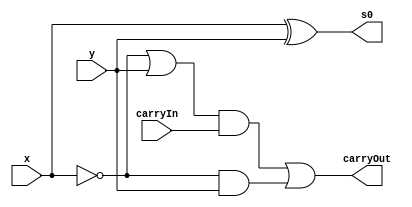
// ------------------------------------------------
// Exemplo0035 
// Nome: Miller 
// ------------------------------------------------
// Exercicio 5 - Comparador = 0
// ------------------------------------------------

module subtrador (output s0, output carryOut, 
                  input x,input y, input carryIn);
						
assign s0 = x^y;
assign carryOut = ((~x|y)&carryIn)|(~x&y);
endmodule

module comparar (output Ma, output Ig, output Me,
                 input co, input a, input b, input c, input d);

assign Ma = (co|a|b|c|d)&(~co);
assign Ig = ~(co|a|b|c|d);
assign Me = (co|a|b|c|d)&co;

endmodule

module main;

reg [3:0]a, b;
reg ci;
wire s0, s1, s2, s3, v0, v1, v2, v3, ma, ig, me;

subtrador A2(s0, v0, a[0], b[0], ci);
subtrador B2(s1, v1, a[1], b[1], v0);
subtrador C2(s2, v2, a[2], b[2], v1);
subtrador D2(s3, v3, a[3], b[3], v2);
comparar R(ma, ig, me, v3, s3, s2, s1, s0);

initial begin:start
a=4'b0000; b=4'b0000; ci=1'b0;
end

initial begin

$display("Exemplo0035 - Miller - 449048"); 
$display("Comparador");
$display("");
$monitor("%b em relacao a %b e: maior(%b), igual(%b) ou menor(%b)", a, b, ma, ig, me);

#1 a=4'b0000; b=4'b0000;
#1 a=4'b0011; b=4'b1100;
#1 a=4'b0100; b=4'b0010;
#1 a=4'b0001; b=4'b0001;
#1 a=4'b1000; b=4'b0111;
#1 a=4'b1111; b=4'b1110;

end
endmodule

// OBS.: USAR DEFINICOES POR PORTAS !